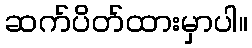
ဆက်ပိတ်ထားမှာပါ။